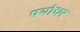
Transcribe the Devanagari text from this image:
पयोधर